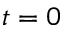
t = 0